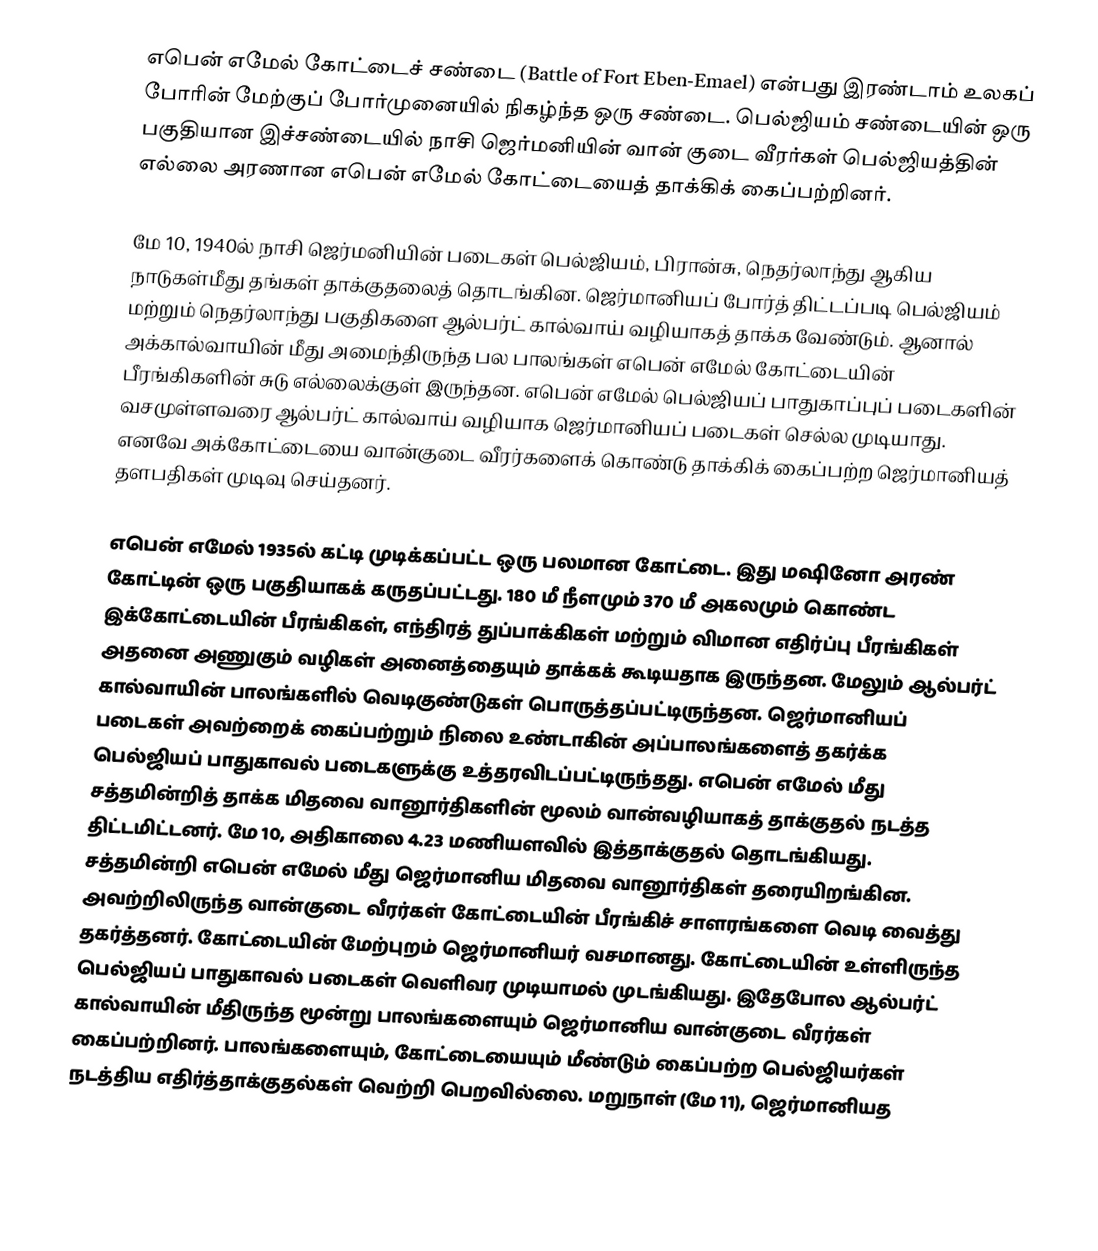
எபென் எமேல் கோட்டைச் சண்டை (Battle of Fort Eben-Emael) என்பது இரண்டாம் உலகப் போரின் மேற்குப் போர்முனையில் நிகழ்ந்த ஒரு சண்டை. பெல்ஜியம் சண்டையின் ஒரு பகுதியான இச்சண்டையில் நாசி ஜெர்மனியின் வான் குடை வீரர்கள் பெல்ஜியத்தின் எல்லை அரணான எபென் எமேல் கோட்டையைத் தாக்கிக் கைப்பற்றினர்.

மே 10, 1940ல் நாசி ஜெர்மனியின் படைகள் பெல்ஜியம், பிரான்சு, நெதர்லாந்து ஆகிய நாடுகள்மீது தங்கள் தாக்குதலைத் தொடங்கின. ஜெர்மானியப் போர்த் திட்டப்படி பெல்ஜியம் மற்றும் நெதர்லாந்து பகுதிகளை ஆல்பர்ட் கால்வாய் வழியாகத் தாக்க வேண்டும். ஆனால் அக்கால்வாயின் மீது அமைந்திருந்த பல பாலங்கள் எபென் எமேல் கோட்டையின் பீரங்கிகளின் சுடு எல்லைக்குள் இருந்தன. எபென் எமேல் பெல்ஜியப் பாதுகாப்புப் படைகளின் வசமுள்ளவரை ஆல்பர்ட் கால்வாய் வழியாக ஜெர்மானியப் படைகள் செல்ல முடியாது. எனவே அக்கோட்டையை வான்குடை வீரர்களைக் கொண்டு தாக்கிக் கைப்பற்ற ஜெர்மானியத் தளபதிகள் முடிவு செய்தனர்.

எபென் எமேல் 1935ல் கட்டி முடிக்கப்பட்ட ஒரு பலமான கோட்டை. இது மஷினோ அரண் கோட்டின் ஒரு பகுதியாகக் கருதப்பட்டது. 180 மீ நீளமும் 370 மீ அகலமும் கொண்ட இக்கோட்டையின் பீரங்கிகள், எந்திரத் துப்பாக்கிகள் மற்றும் விமான எதிர்ப்பு பீரங்கிகள் அதனை அணுகும் வழிகள் அனைத்தையும் தாக்கக் கூடியதாக இருந்தன. மேலும் ஆல்பர்ட் கால்வாயின் பாலங்களில் வெடிகுண்டுகள் பொருத்தப்பட்டிருந்தன. ஜெர்மானியப் படைகள் அவற்றைக் கைப்பற்றும் நிலை உண்டாகின் அப்பாலங்களைத் தகர்க்க பெல்ஜியப் பாதுகாவல் படைகளுக்கு உத்தரவிடப்பட்டிருந்தது. எபென் எமேல் மீது சத்தமின்றித் தாக்க மிதவை வானூர்திகளின் மூலம் வான்வழியாகத் தாக்குதல் நடத்த திட்டமிட்டனர். மே 10, அதிகாலை 4.23 மணியளவில் இத்தாக்குதல் தொடங்கியது. சத்தமின்றி எபென் எமேல் மீது ஜெர்மானிய மிதவை வானூர்திகள் தரையிறங்கின. அவற்றிலிருந்த வான்குடை வீரர்கள் கோட்டையின் பீரங்கிச் சாளரங்களை வெடி வைத்து தகர்த்தனர். கோட்டையின் மேற்புறம் ஜெர்மானியர் வசமானது. கோட்டையின் உள்ளிருந்த பெல்ஜியப் பாதுகாவல் படைகள் வெளிவர முடியாமல் முடங்கியது. இதேபோல ஆல்பர்ட் கால்வாயின் மீதிருந்த மூன்று பாலங்களையும் ஜெர்மானிய வான்குடை வீரர்கள் கைப்பற்றினர். பாலங்களையும், கோட்டையையும் மீண்டும் கைப்பற்ற பெல்ஜியர்கள் நடத்திய எதிர்த்தாக்குதல்கள் வெற்றி பெறவில்லை. மறுநாள் (மே 11), ஜெர்மானியத